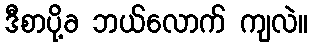
ဒီစာပို့ခ ဘယ်လောက် ကျလဲ။